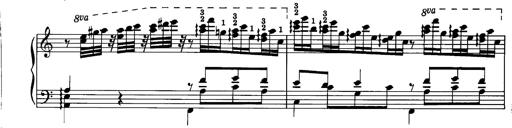
Title: La romanesca
Composer: Franz Liszt